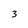
Character: 3